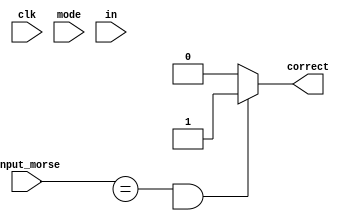
`timescale 1ns / 1ps
//////////////////////////////////////////////////////////////////////////////////
// Company: 
// Engineer: 
// 
// Design Name: 
// Module Name: keyboard_input
// Project Name: 
// Target Devices: 
// Tool Versions: 
// Description: 
// 
// Dependencies: 
// 
// Revision:
// Revision 0.01 - File Created
// Additional Comments:
// 
//////////////////////////////////////////////////////////////////////////////////


`define soloplayer 1'b0
`define multiplayer 1'b1


module keyboard_input(clk, input_morse,mode, in, correct);
// hex codes for each key
    wire [7:0] q = 8'h15;
    wire [7:0] w = 8'h1D;
    wire [7:0] e = 8'h24;
    wire [7:0] r = 8'h2D;
    wire [7:0] t = 8'h2C;
    wire [7:0] y = 8'h35;
    wire [7:0] u = 8'h3C;
    wire [7:0] i = 8'h43;
    wire [7:0] o = 8'h44;
    wire [7:0] p = 8'h4D;
    wire [7:0] a = 8'h1C;
    wire [7:0] s = 8'h1B;
    wire [7:0] d = 8'h23;
    wire [7:0] f = 8'h2b;
    wire [7:0] g = 8'h34;
    wire [7:0] h = 8'h33;
    wire [7:0] j = 8'h3B;
    wire [7:0] k = 8'h42;
    wire [7:0] l = 8'h4B;
    wire [7:0] z = 8'h1A;
    wire [7:0] x = 8'h22;
    wire [7:0] c = 8'h21;
    wire [7:0] v = 8'h2A;
    wire [7:0] b = 8'h32;
    wire [7:0] n = 8'h31;
    wire [7:0] m = 8'h3A;
    wire [7:0] enter = 8'h5A;
    
    
    parameter dot = 2'b00;
    parameter dash = 2'b01;
    parameter sp = 2'b10;
    parameter done = 2'b11;
    
    
    input clk, mode, in;
    input input_morse;
   
    reg state;
    reg temp;
    output reg correct;
    
always @ (posedge clk)
    if (mode == 1) state = `soloplayer;
    else state =`multiplayer;
    
//concatenate letters to form a word
reg complete_word;
reg done_typing;

// concatenate the letter from the keyboard input
    
always @ (*) 
    case(in)
    
        8'h15: begin 
                    temp <= {dash,dash,dot,dash,sp};
                    complete_word = {complete_word, temp};
                end
                
        8'h1D: begin 
                    temp <= {dot,dash,dash,sp};
                    complete_word = {complete_word, temp};
                end
        
        8'h24: begin 
                    temp <= {dot,sp};
                    complete_word = {complete_word, temp};
                end
        
        8'h2D: begin 
                    temp <= {dot,dash,dot,sp};
                    complete_word = {complete_word, temp};
                end
        
        8'h2C: begin 
                    temp <= {dash,sp};
                    complete_word = {complete_word, temp};
                end
        
        8'h35: begin 
                    temp <= {dash,dot,dash,dash,sp};
                    complete_word = {complete_word, temp};
                end
        
        8'h3C: begin 
                    temp <= {dot,dot,dash,sp};
                    complete_word = {complete_word, temp};
                end
        
        8'h43: begin 
                    temp <= {dot,dot,sp};
                    complete_word = {complete_word, temp};
                end
        
        8'h44: begin 
                    temp <= {dash,dash,dash,sp};
                    complete_word = {complete_word, temp};
                end
        
        8'h4D: begin 
                    temp <= {dot,dash,dash,dot,sp};
                    complete_word = {complete_word, temp};
                end
        
        8'h1C: begin 
                    temp <= {dot,dash,sp};
                    complete_word = {complete_word, temp};
                end
        
        8'h1B: begin 
                    temp <= {dot,dot,dot,sp};
                    complete_word = {complete_word, temp};
                end
        
        8'h23: begin 
                    temp <= {dash,dot,dot,sp};
                    complete_word = {complete_word, temp};
                end
        
        8'h2b: begin 
                    temp <= {dot,dot,dash,dot,sp};
                    complete_word = {complete_word, temp};
                end
        
        8'h34: begin 
                    temp <= {dash,dash,dot,sp};
                    complete_word = {complete_word, temp};
                end
        
        8'h33: begin 
                    temp <= {dot,dot,dot,dot,sp};
                    complete_word = {complete_word, temp};
                end
        
        8'h3B: begin 
                    temp <= {dot,dash,dash,dash,sp};
                    complete_word = {complete_word, temp};
                end
        
        8'h42: begin 
                    temp <= {dash,dot,dash,sp};
                    complete_word = {complete_word, temp};
                end
        
        8'h4B: begin 
                    temp <= {dot,dash,dot,dot,sp};
                    complete_word = {complete_word, temp};
                end
        
        8'h1A: begin 
                    temp <= {dash,dash,dot,dot,sp};
                    complete_word = {complete_word, temp};
                end
        
        8'h22: begin 
                    temp <= {dash,dot,dot,dash,sp};
                    complete_word = {complete_word, temp};
                end
        
        8'h21: begin 
                    temp <= {dash,dot,dash,dot,sp};
                    complete_word = {complete_word, temp};
                end
        
        8'h2A: begin 
                    temp <= {dot,dot,dot,dash,sp};
                    complete_word = {complete_word, temp};
                end
        
        8'h32: begin 
                    temp <= {dash,dot,dot,dot,sp};
                    complete_word = {complete_word, temp};
                end
        
        8'h31: begin 
                    temp <= {dash,dot,sp};
                    complete_word = {complete_word, temp};
                end
        
        8'h3A: begin 
                    temp <= {dash,dash,sp};
                    complete_word = {complete_word, temp};
                end
                
        8'h5A: begin 
                    temp <= {done};
                    complete_word = {complete_word, temp};
                    done_typing <= 1;
                end
        
        
    endcase

    
    //compare user input and input morse 
    
    always@(input_morse)
    begin
        if ((input_morse == complete_word) && done_typing == 1'b1)
            correct <= 1;
        else
            correct <= 0;
    end
        
    
    
endmodule